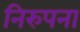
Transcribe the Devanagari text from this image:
निरुपना